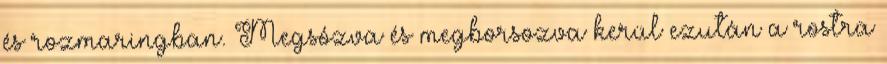
és rozmaringban. Megsózva és megborsozva kerül ezután a rostra